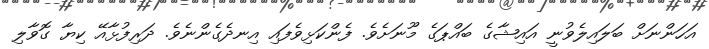
އަހަންނަށް ބަލައިލެވުނީ އައިޝާގެ ބައްޕަގެ މޫނަށެވެ. ފެންކަޅިވެފައި އިނދެގެންނެވެ. ދަރިފުޅާއޭ ކިޔާ ގޮވާލި